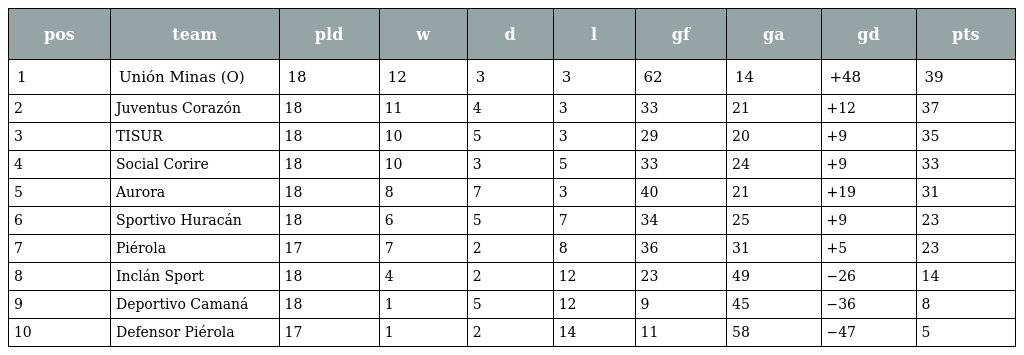
| pos | team | pld | w | d | l | gf | ga | gd | pts |
 | --- | --- | --- | --- | --- | --- | --- | --- | --- | --- |
 | 1 | Unión Minas (O) | 18 | 12 | 3 | 3 | 62 | 14 | +48 | 39 |
 | 2 | Juventus Corazón | 18 | 11 | 4 | 3 | 33 | 21 | +12 | 37 |
 | 3 | TISUR | 18 | 10 | 5 | 3 | 29 | 20 | +9 | 35 |
 | 4 | Social Corire | 18 | 10 | 3 | 5 | 33 | 24 | +9 | 33 |
 | 5 | Aurora | 18 | 8 | 7 | 3 | 40 | 21 | +19 | 31 |
 | 6 | Sportivo Huracán | 18 | 6 | 5 | 7 | 34 | 25 | +9 | 23 |
 | 7 | Piérola | 17 | 7 | 2 | 8 | 36 | 31 | +5 | 23 |
 | 8 | Inclán Sport | 18 | 4 | 2 | 12 | 23 | 49 | −26 | 14 |
 | 9 | Deportivo Camaná | 18 | 1 | 5 | 12 | 9 | 45 | −36 | 8 |
 | 10 | Defensor Piérola | 17 | 1 | 2 | 14 | 11 | 58 | −47 | 5 |